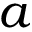
a